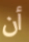
أن